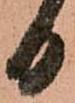
日